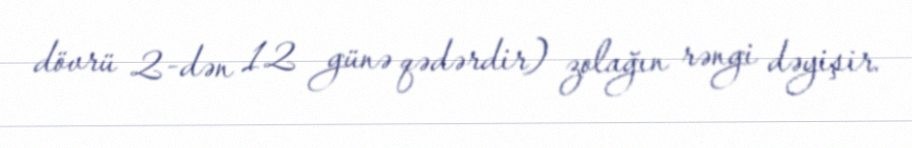
dövrü 2-dən 12 günə qədərdir) zolağın rəngi dəyişir.